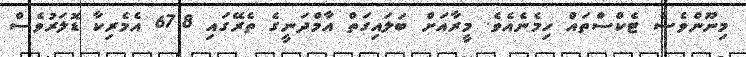
މިނޫންވެސް ޓެކްސްތައް ހިމެނެއެވެ. މީރާއަށް ބަލައިގަތް އާމްދަނީގެ ތެރޭގައި 67.8 އެމެރިކާ ޑޮލަރުވެސް